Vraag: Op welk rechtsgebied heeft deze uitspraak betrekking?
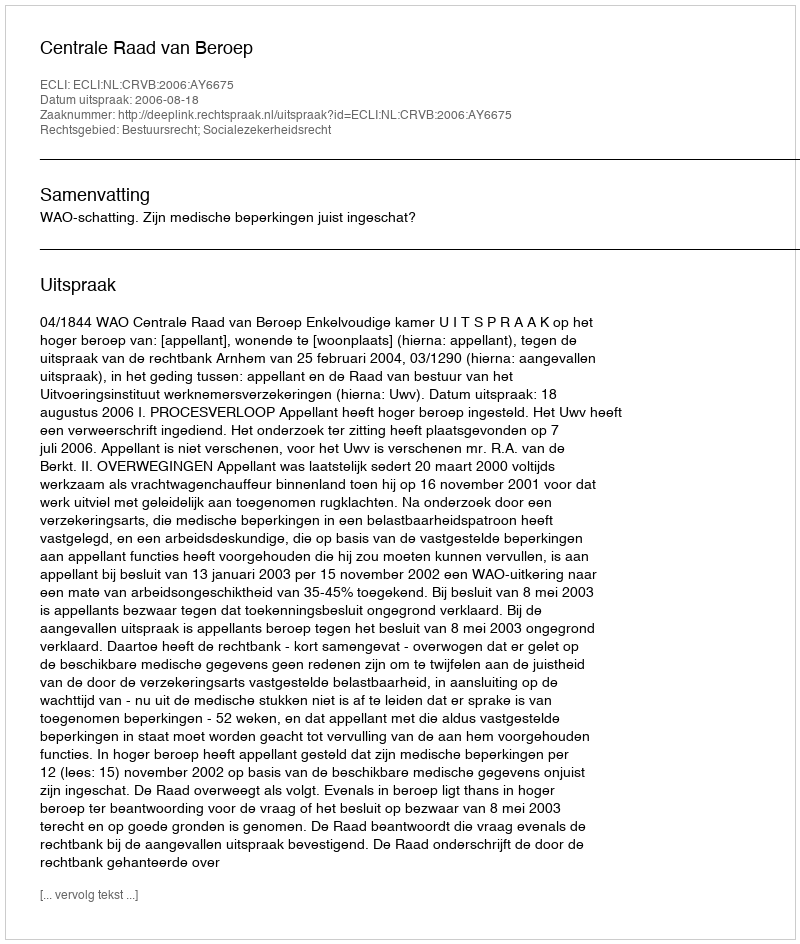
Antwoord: Bestuursrecht; Socialezekerheidsrecht